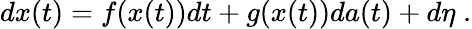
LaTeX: \begin{array}{r}{dx(t)=f(x(t))dt+g(x(t))da(t)+d\eta\; .}\end{array}